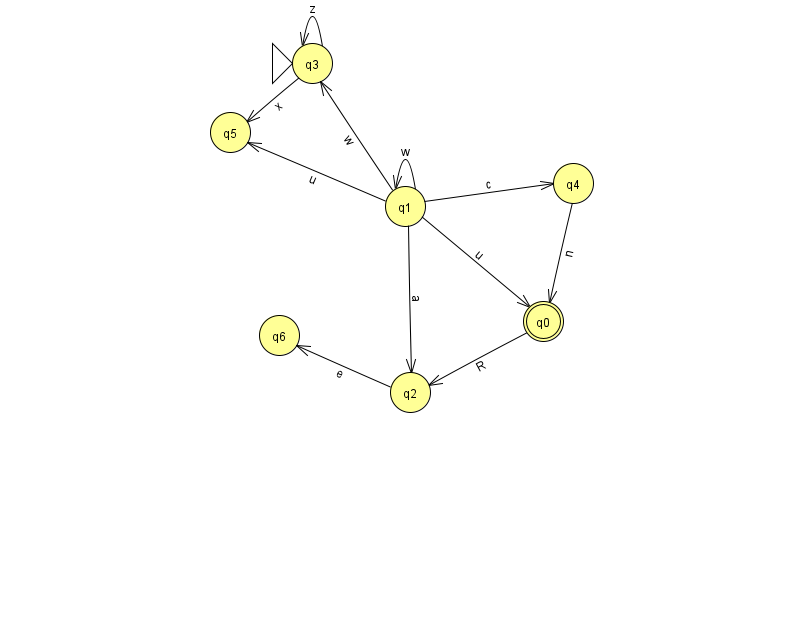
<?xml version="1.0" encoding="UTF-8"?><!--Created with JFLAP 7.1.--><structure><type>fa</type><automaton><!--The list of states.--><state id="0" name="q0"><x>543.0</x><y>308.0</y><final/></state><state id="1" name="q1"><x>405.0</x><y>193.0</y></state><state id="2" name="q2"><x>410.0</x><y>379.0</y></state><state id="3" name="q3"><x>312.0</x><y>50.0</y><initial/></state><state id="4" name="q4"><x>573.0</x><y>170.0</y></state><state id="5" name="q5"><x>230.0</x><y>119.0</y></state><state id="6" name="q6"><x>279.0</x><y>322.0</y></state><!--The list of transitions.--><transition><from>1</from><to>0</to><read>u</read></transition><transition><from>2</from><to>6</to><read>e</read></transition><transition><from>1</from><to>1</to><read>w</read></transition><transition><from>4</from><to>0</to><read>n</read></transition><transition><from>1</from><to>3</to><read>w</read></transition><transition><from>1</from><to>2</to><read>a</read></transition><transition><from>3</from><to>3</to><read>z</read></transition><transition><from>3</from><to>5</to><read>x</read></transition><transition><from>1</from><to>5</to><read>u</read></transition><transition><from>0</from><to>2</to><read>R</read></transition><transition><from>1</from><to>4</to><read>c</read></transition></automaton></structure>